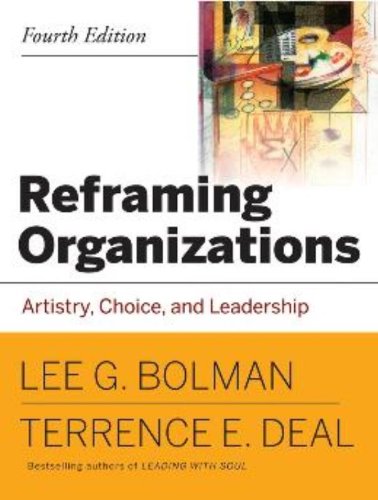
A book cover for Reframing Organizations: Artistry, Choice and Leadership; Lee G. Bolman; Business & Money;